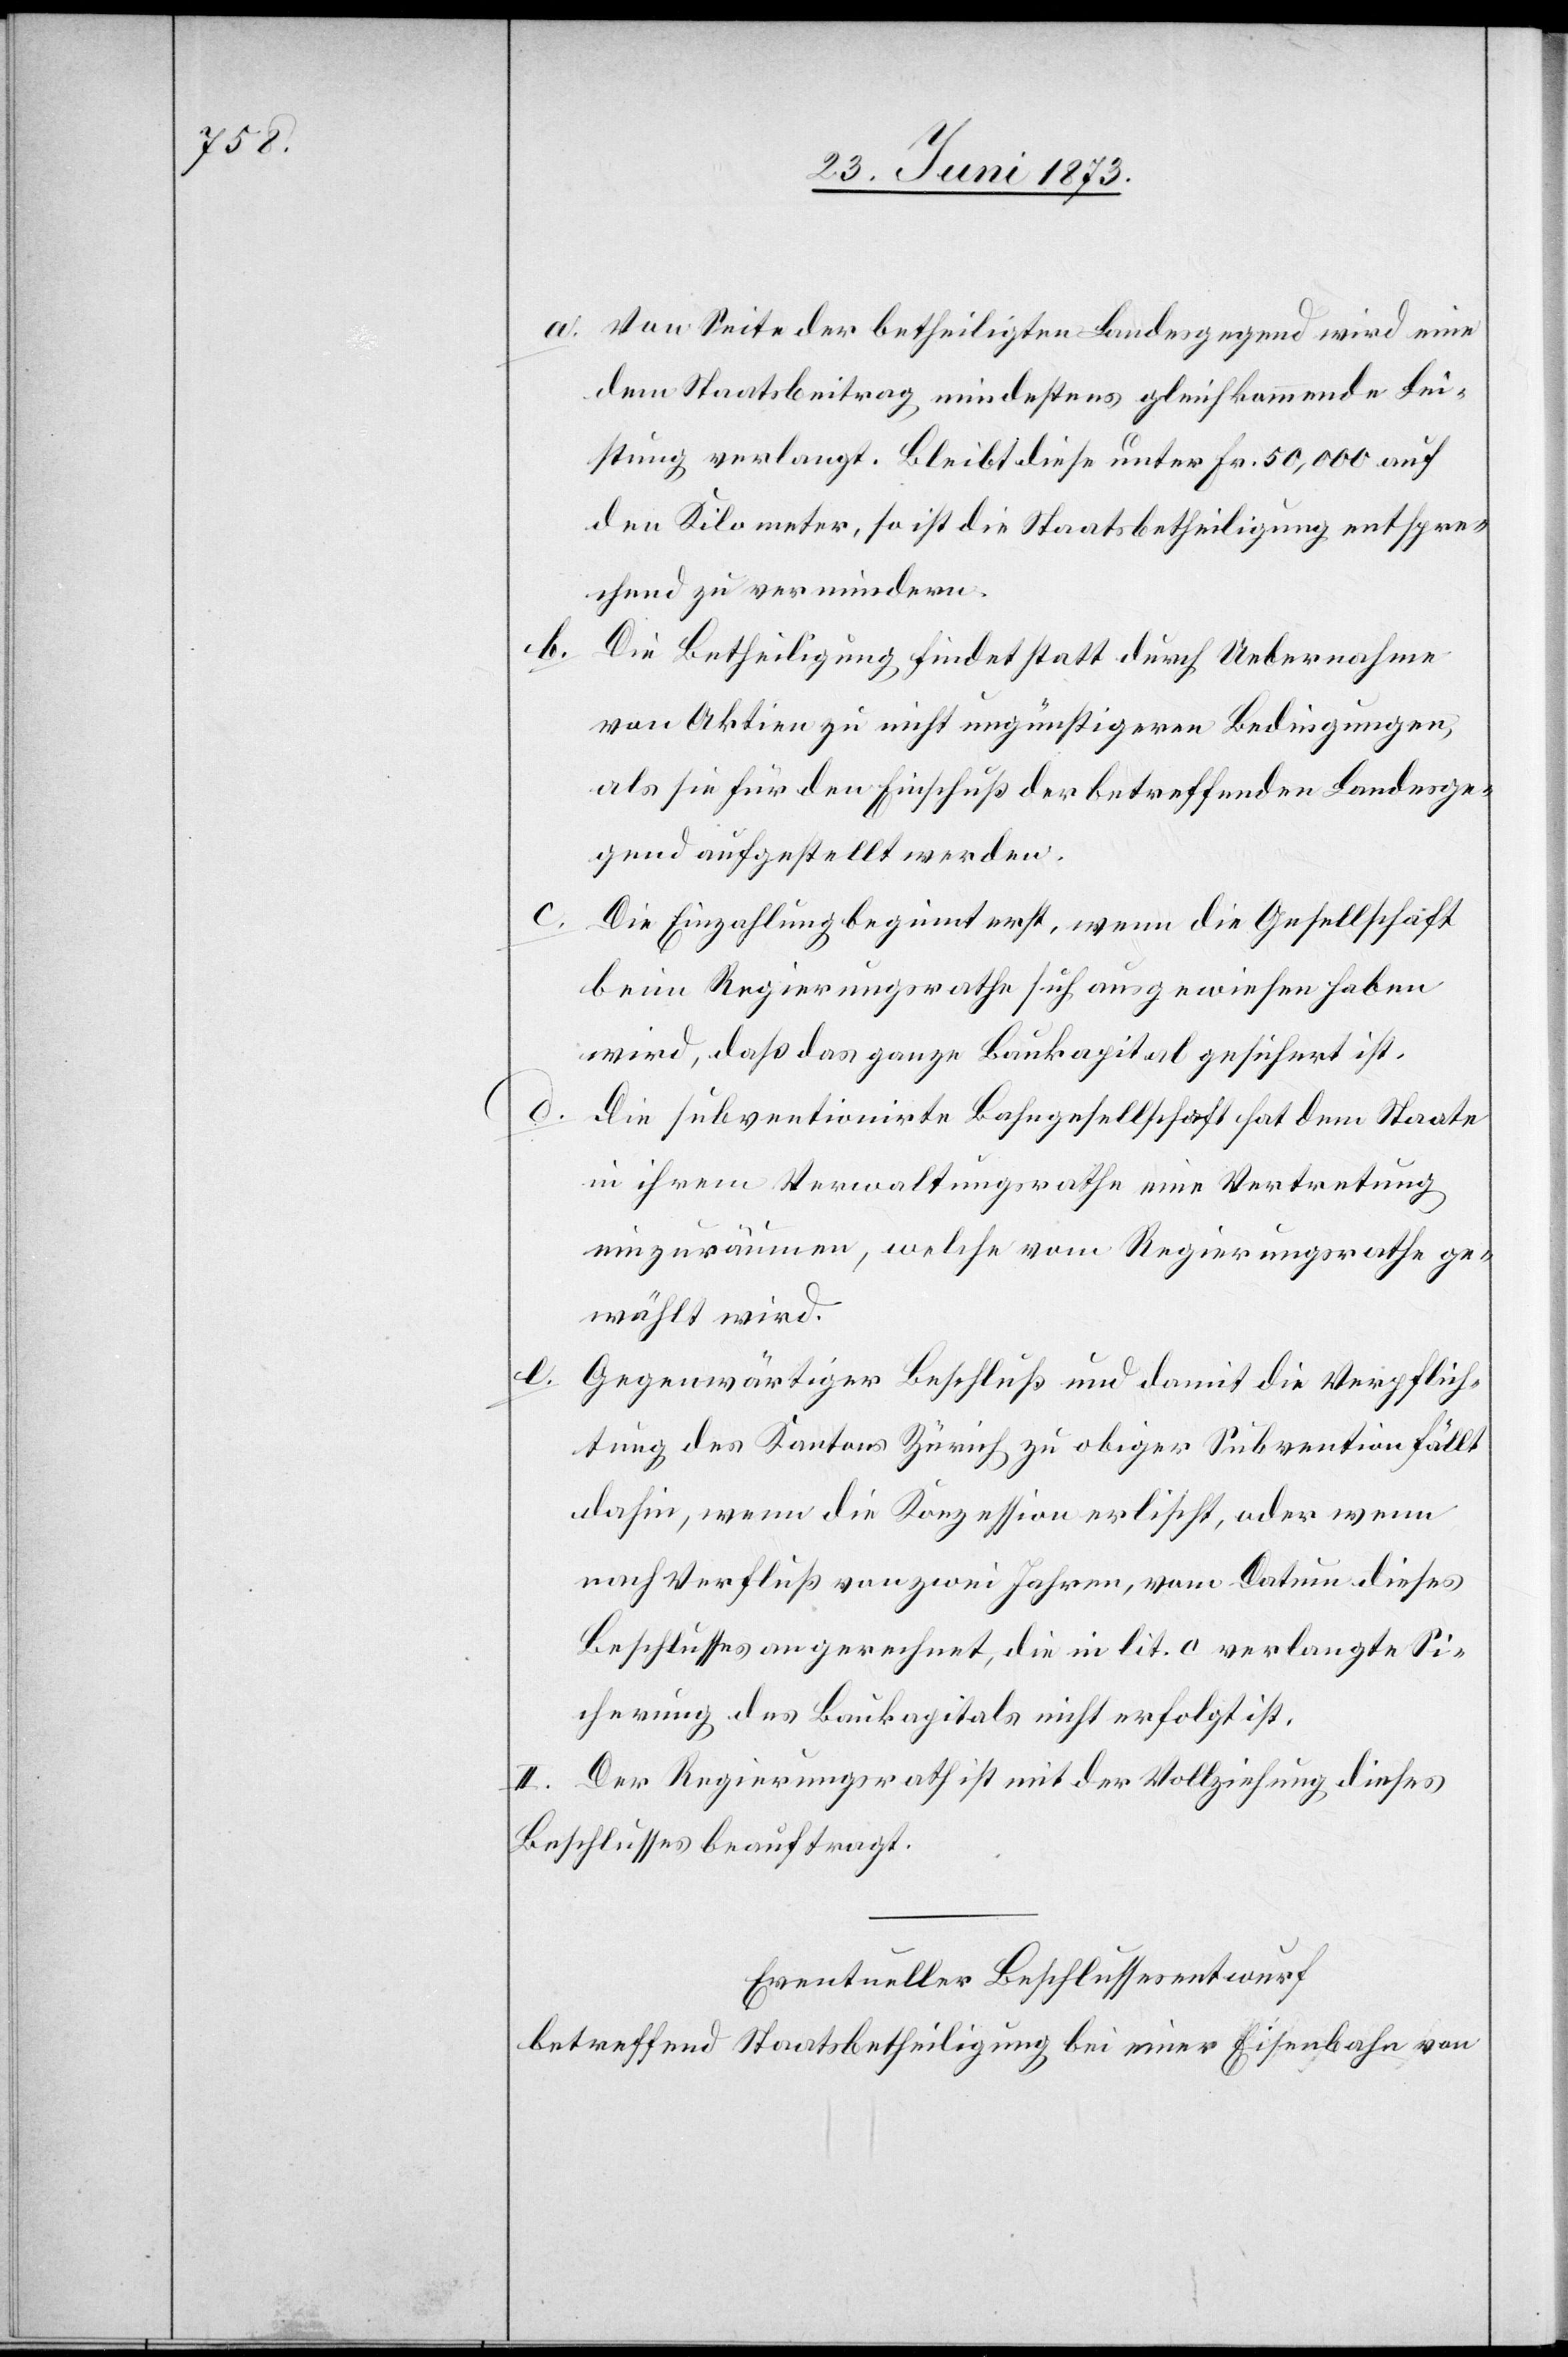
a. Von Seite der betheiligten Landesgegend wird eine
dem Staatsbeitrag mindestens gleichkommende Lei¬
stung verlangt. Bleibt diese unter Fr. 50,000 auf
den Kilometer, so ist die Staatsbetheiligung entspre¬
chend zu vermindern.
b.
Die Betheiligung findest statt durch Uebernahme
von Aktien zu nicht ungünstigeren Bedingungen,
als sie für den Einschuß der betreffenden Landesge¬
gend aufgestellt werden.
c. Die Einzahlung beginnt erst, wenn die Gesellschaft
beim Regierungsrathe sich ausgewiesen haben
wird, daß das ganze Baukapital gesichert ist.
d.
Die subventionirte Bahngesellschaft hat dem Staate
in ihrem Verwaltungsrathe eine Vertretung
einzuräumen, welche vom Regierungsrathe ge¬
wählt wird.
Gegenwärtiger Beschluß und damit die Verpflich¬
tung des Kantons Zürich zu obiger Subvention fällt
dahin, wenn die Konzession erlischt, oder wenn
nach Verfluß von zwei Jahren, vom Datum dieses
Beschlusses angerechnet, die in lit. c verlangte Si¬
cherung des Baukapitals nicht erfolgt ist.
II. Der Regierungsrath ist mit der Vollziehung dieses
Beschlusses beauftragt.
Eventueller Beschlussesentwurf
betreffend Staatsbetheiligung bei einer Eisenbahn von